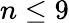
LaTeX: n\le 9